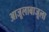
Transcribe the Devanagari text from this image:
आजूलाबाजूला